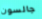
جالسون